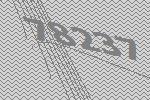
78237